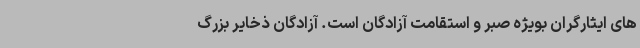
های ایثارگران بویژه صبر و استقامت آزادگان است. آزادگان ذخایر بزرگ